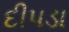
દીપડા